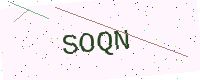
Text: SOQN